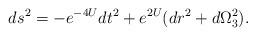
LaTeX: \begin{align*}ds^2=-e^{-4U}dt^2+e^{2U}(dr^2+d\Omega_3^2).\end{align*}